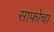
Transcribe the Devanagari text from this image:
साफोचा